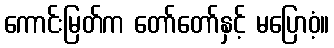
ကောင်းမြတ်က တော်တော်နှင့် မပြောဝံ့။